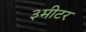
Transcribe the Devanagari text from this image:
३मीटर